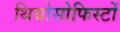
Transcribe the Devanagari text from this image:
थियोसोफिस्टों